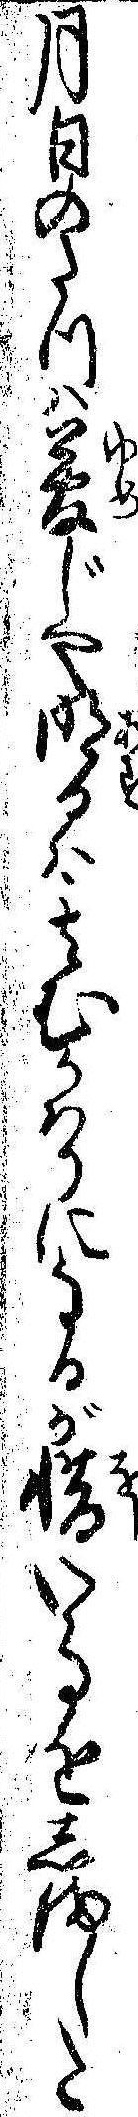
月日のたつは夢じや明日は其むかはりになるが惜い事をしました